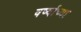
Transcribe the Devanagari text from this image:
वर्ष्याच्या